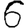
Digit: 6